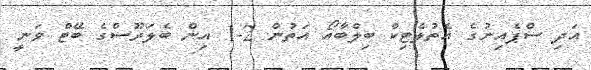
އަދި ސްޕެއިނުގެ އެތުލެޓިކް ބިލްބާއޯ އަތުން 2-1 އިން ބެލަރޫސްގެ ބޭޓް ވަނީ